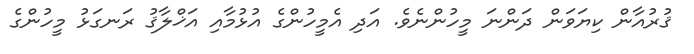
ޤުރުއާން ކިޔަވަން ދަންނަ މީހުންނެވެ. އަދި އެމީހުންގެ އުޅުމާއި އަޚްލާޤު ރަނގަޅު މީހުންގެ